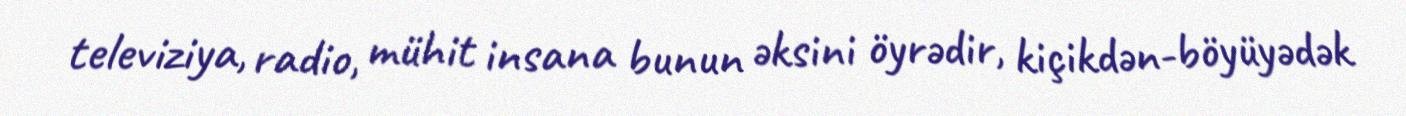
televiziya, radio, mühit insana bunun əksini öyrədir, kiçikdən-böyüyədək